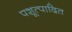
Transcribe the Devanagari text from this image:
पशूत्पादित